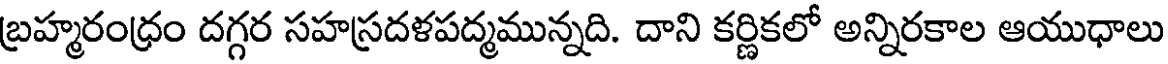
బ్రహ్మరంధ్రం దగ్గర సహస్రదళపద్మమున్నది. దాని కర్ణికలో అన్నిరకాల ఆయుధాలు